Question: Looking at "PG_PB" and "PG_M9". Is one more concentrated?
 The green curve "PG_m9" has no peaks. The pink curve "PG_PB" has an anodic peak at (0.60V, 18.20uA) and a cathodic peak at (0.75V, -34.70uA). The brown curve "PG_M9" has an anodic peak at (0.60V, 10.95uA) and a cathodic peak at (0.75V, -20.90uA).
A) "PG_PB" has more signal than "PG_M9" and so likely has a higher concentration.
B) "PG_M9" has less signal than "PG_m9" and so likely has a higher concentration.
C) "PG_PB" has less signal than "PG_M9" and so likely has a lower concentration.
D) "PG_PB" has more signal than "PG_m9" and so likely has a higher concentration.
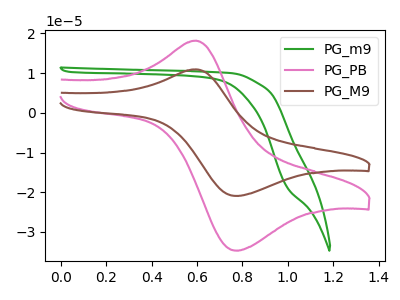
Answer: <think>All the peaks in "PG_PB" have a peak in "PG_M9" at the same potential. Every peak in "PG_PB" is higher than every peak in "PG_M9".
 </think>
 <answer>A) "PG_PB" has more signal than "PG_M9" and so likely has a higher concentration.</answer>
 <eval>A</eval>